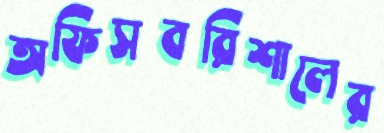
অফিসবরিশালের